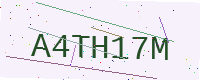
Text: A4TH17M